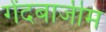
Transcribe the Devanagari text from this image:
गेंदबाजीम